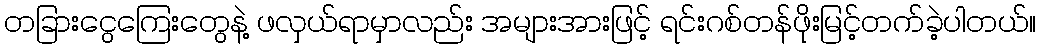
တခြားငွေကြေးတွေနဲ့ ဖလှယ်ရာမှာလည်း အများအားဖြင့် ရင်းဂစ်တန်ဖိုးမြင့်တက်ခဲ့ပါတယ်။